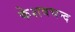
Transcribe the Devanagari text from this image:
केशवचन्द